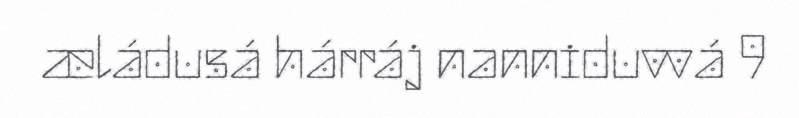
æládusá hárráj nanniduvvá 9